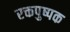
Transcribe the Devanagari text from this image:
रक्तपुष्पक